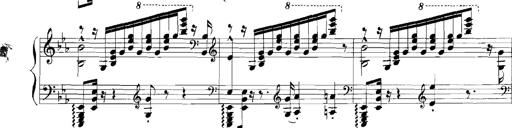
Title: Rhapsodies hongroises
Composer: Franz Liszt